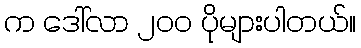
က ဒေါ်လာ ၂၀၀ ပိုများပါတယ်။